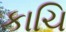
કાચિ